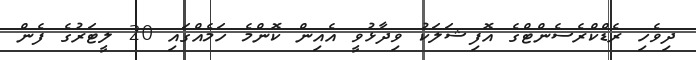
ދިވެހި ރެޑްކްރެސެންޓްގެ އޮފިޝަލަކު ވިދާޅުވީ އެއިން ކޮންމެ ހަމެއްގައި 20 ލީޓަރުގެ ފެން